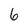
Character: 6